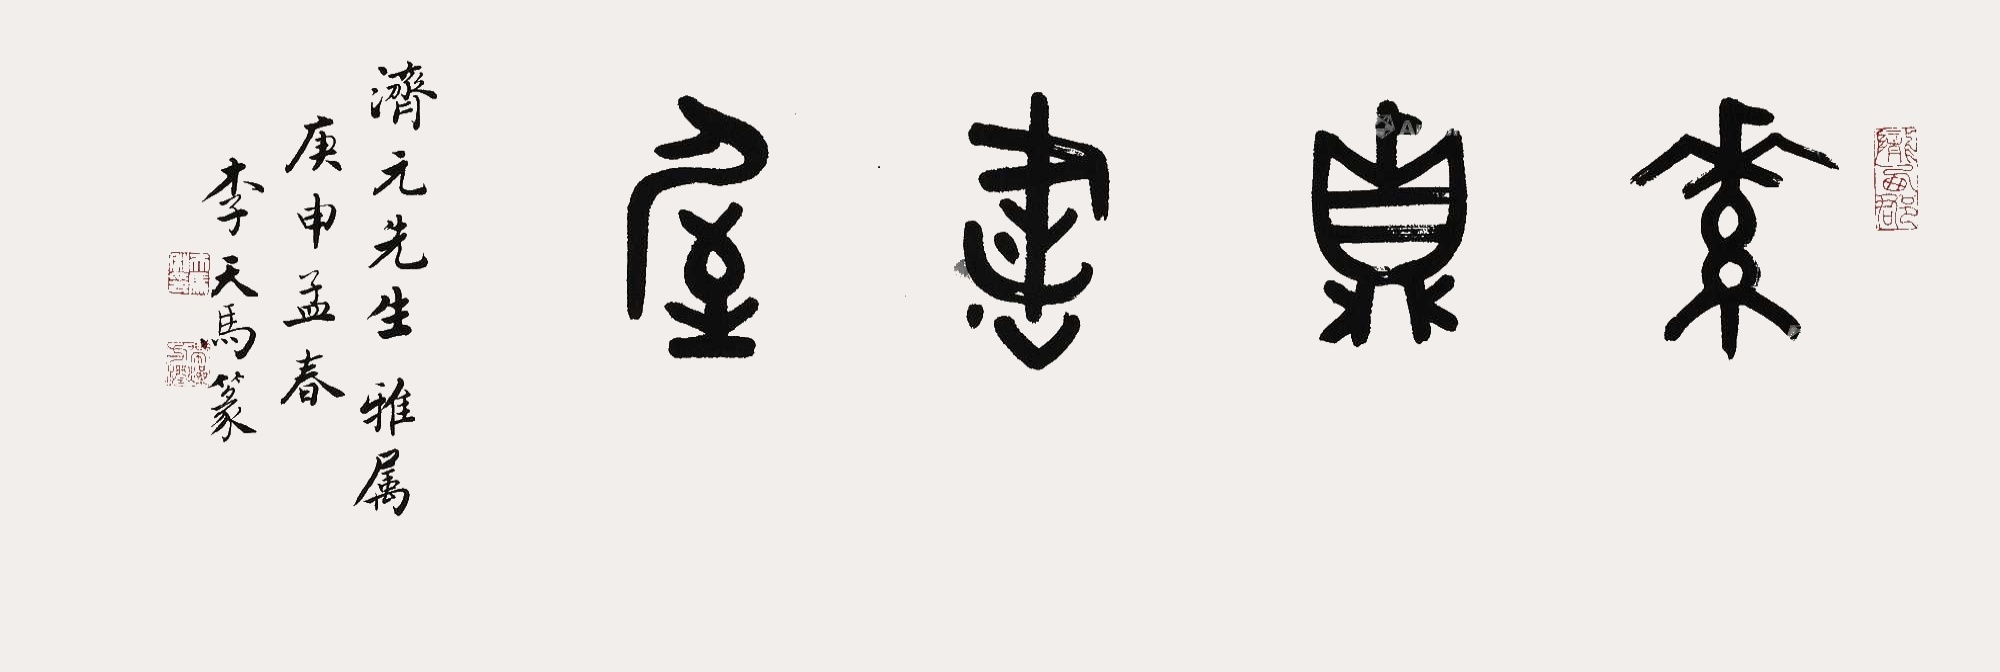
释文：素贞书屋。济元先生雅属，庚申孟春李天马篆。